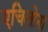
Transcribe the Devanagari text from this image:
एचिलोना